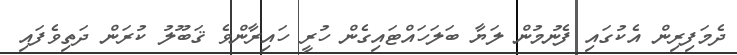
ދެމަފިރިން އެކުގައި ފެނުމުން ލަޔާ ބަލަހައްޓައިގެން ހުރީ ހައިރާންވެ ޤަބޫލު ކުރަން ދަތިވެފައި